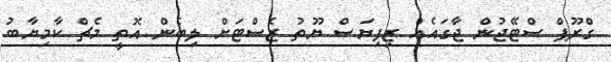
ގްރޫޕް ސްޓޭޖުން ޖާގައެއް ޒިފިޔަސް ޔޫތު ޒެސްޓަށް ލިބެން އޮތީ މެޗް ކާމިޔާބު